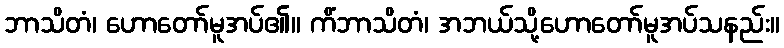
ဘာသိတံ၊ ဟောတော်မူအပ်၏။ ကိံဘာသိတံ၊ အဘယ်သို့ဟောတော်မူအပ်သနည်း။